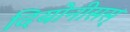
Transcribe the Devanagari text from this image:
दियोनीसस्